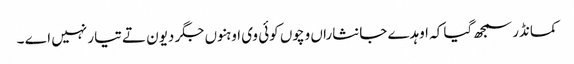
کمانڈر سمجھ گیا کہ اوہدے جانثاراں وچوں کوئی وی اوہنوں جگر دیون تے تیار نہیں اے ۔